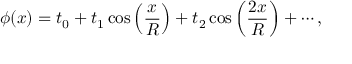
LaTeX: \phi ( x ) = t _ { 0 } + t _ { 1 } \cos \left( { \frac { x } { R } } \right) + t _ { 2 } \cos \left( { \frac { { 2 x } } { R } } \right) + \cdots ,